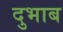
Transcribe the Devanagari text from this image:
दुभाब